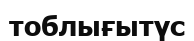
тоблығытүс